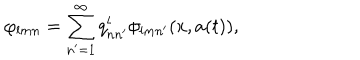
\varphi _ { l m n } = \sum _ { n ^ { \prime } = 1 } ^ { \infty } q _ { n n ^ { \prime } } ^ { l } \phi _ { l m n ^ { \prime } } ( x , a ( t ) ) ,